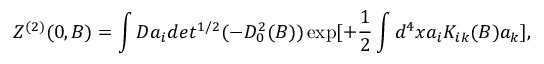
Z ^ { ( 2 ) } ( 0 , B ) = \int D a _ { i } d e t ^ { 1 / 2 } ( - D _ { 0 } ^ { 2 } ( B ) ) \exp [ + \frac { 1 } { 2 } \int d ^ { 4 } x a _ { i } K _ { i k } ( B ) a _ { k } ] ,